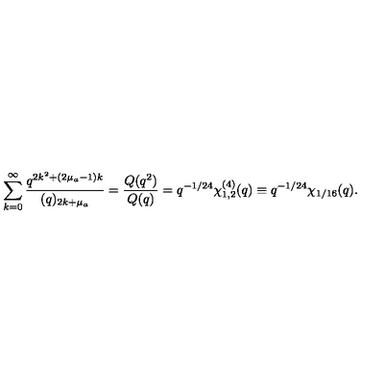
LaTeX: \sum _ { k = 0 } ^ { \infty } \frac { q ^ { 2 k ^ { 2 } + ( 2 \mu _ { a } - 1 ) k } } { ( q ) _ { 2 k + \mu _ { a } } } = \frac { Q ( q ^ { 2 } ) } { Q ( q ) } = q ^ { - 1 / 2 4 } \chi _ { 1 , 2 } ^ { ( 4 ) } ( q ) \equiv q ^ { - 1 / 2 4 } \chi _ { 1 / 1 6 } ( q ) .